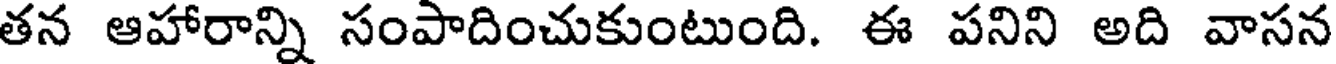
తన ఆహారాన్ని సంపాదించుకుంటుంది. ఈ పనిని అది వాసన